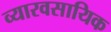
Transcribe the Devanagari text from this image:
व्यारवसायिक